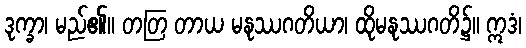
ဒုက္ခာ၊ မည်၏။ တတြ တာယ မနုဿဂတိယာ၊ ထိုမနုဿဂတိ၌။ ဣဒံ၊